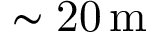
\mathrm { \sim 2 0 \, m }